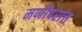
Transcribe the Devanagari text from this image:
मर्णोपरांत